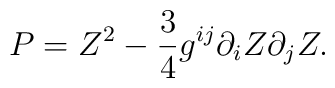
P=  Z^2- {3\over 4}  g^{ij} \partial_i Z \partial_j Z.